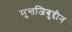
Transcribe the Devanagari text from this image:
मुन्तजिबुद्दीन